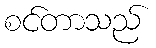
စင်တာသည်